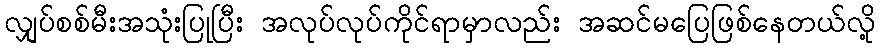
လျှပ်စစ်မီးအသုံးပြုပြီး အလုပ်လုပ်ကိုင်ရာမှာလည်း အဆင်မပြေဖြစ်နေတယ်လို့